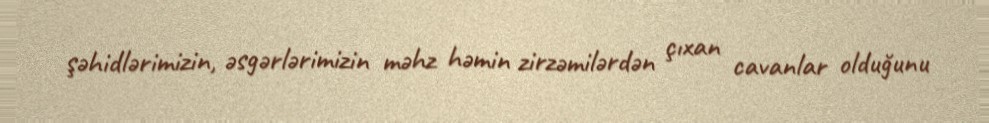
şəhidlərimizin, əsgərlərimizin məhz həmin zirzəmilərdən çıxan cavanlar olduğunu